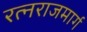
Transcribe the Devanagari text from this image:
रत्नराजमार्ग